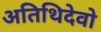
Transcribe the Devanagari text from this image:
अतिथिदेवो